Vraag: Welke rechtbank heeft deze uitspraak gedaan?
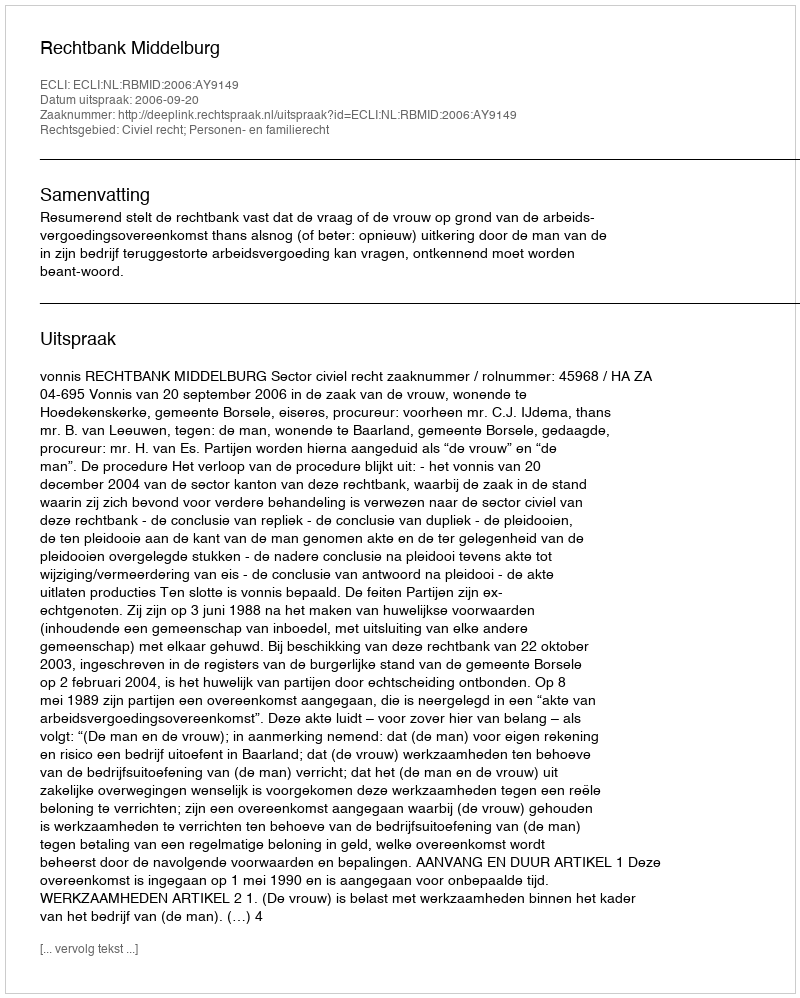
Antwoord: Rechtbank Middelburg